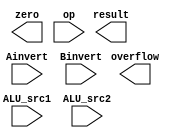
module ALU_8bit(result, zero, overflow, ALU_src1, ALU_src2, Ainvert, Binvert, op);
input  [7:0] ALU_src1;
input  [7:0] ALU_src2;
input        Ainvert;
input        Binvert;
input  [1:0] op;
output [7:0] result;
output       zero;
output       overflow;

/*
	Write Your Design Here ~
*/

endmodule